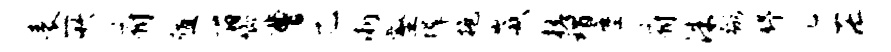
表所府殖百唧曹乙淅壑墀抱崴槎瑁麈府洙弼舒庀茫